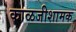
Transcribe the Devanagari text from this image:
काळजीशामक